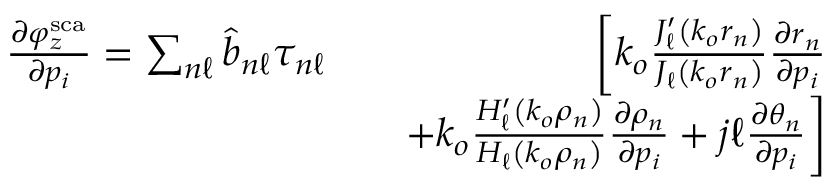
\begin{array} { r l r } { \frac { \partial \varphi _ { z } ^ { \mathrm { s c a } } } { \partial p _ { i } } = \sum _ { n \ell } \hat { b } _ { n \ell } \tau _ { n \ell } } & { } & { \bigg [ k _ { o } \frac { J _ { \ell } ^ { \prime } \left( k _ { o } r _ { n } \right) } { J _ { \ell } \left( k _ { o } r _ { n } \right) } \frac { \partial r _ { n } } { \partial p _ { i } } } \\ & { } & { + k _ { o } \frac { H _ { \ell } ^ { \prime } \left( k _ { o } \rho _ { n } \right) } { H _ { \ell } \left( k _ { o } \rho _ { n } \right) } \frac { \partial \rho _ { n } } { \partial p _ { i } } + j \ell \frac { \partial \theta _ { n } } { \partial p _ { i } } \bigg ] } \end{array}